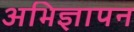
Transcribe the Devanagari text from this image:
अभिज्ञापन